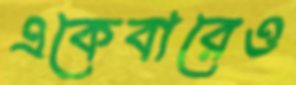
একেবারেও